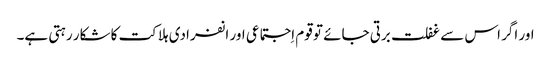
اور اگر اس سے غفلت برتی جائے تو قوم اِجتماعی اور انفرادی ہلاکت کا شکار رہتی ہے۔